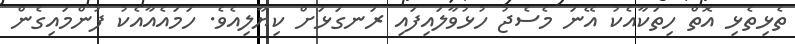
ތެޅިތެޅި އޮތް ހިތަކާއެކު އޭނަ މެސެޖު ހުޅުވާލައިފައި ރަނގަޅަށް ކިޔާލިއެވެ. ހަމައެއާއެކު ފުންމައިގެން